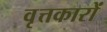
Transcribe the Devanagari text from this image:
वृत्तकारों